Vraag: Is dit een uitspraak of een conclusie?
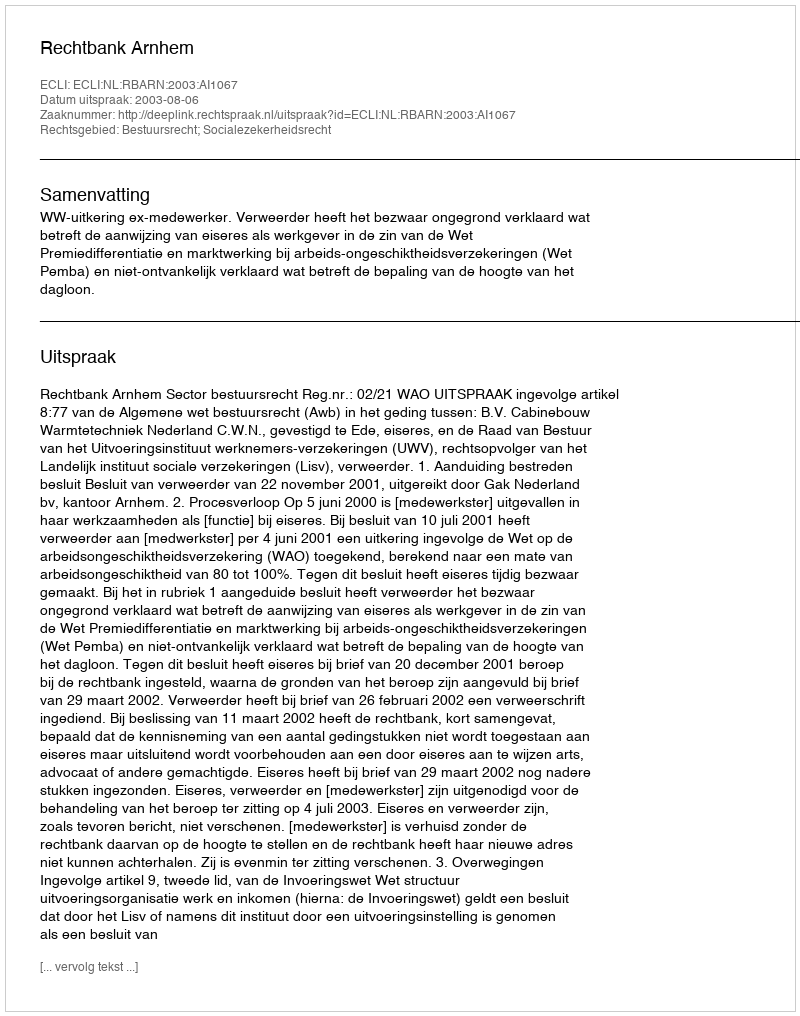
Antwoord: Uitspraak